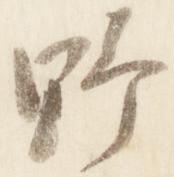
野